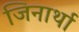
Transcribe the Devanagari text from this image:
जिनार्था